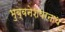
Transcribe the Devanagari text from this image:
भुब्वनेशवरनाथ